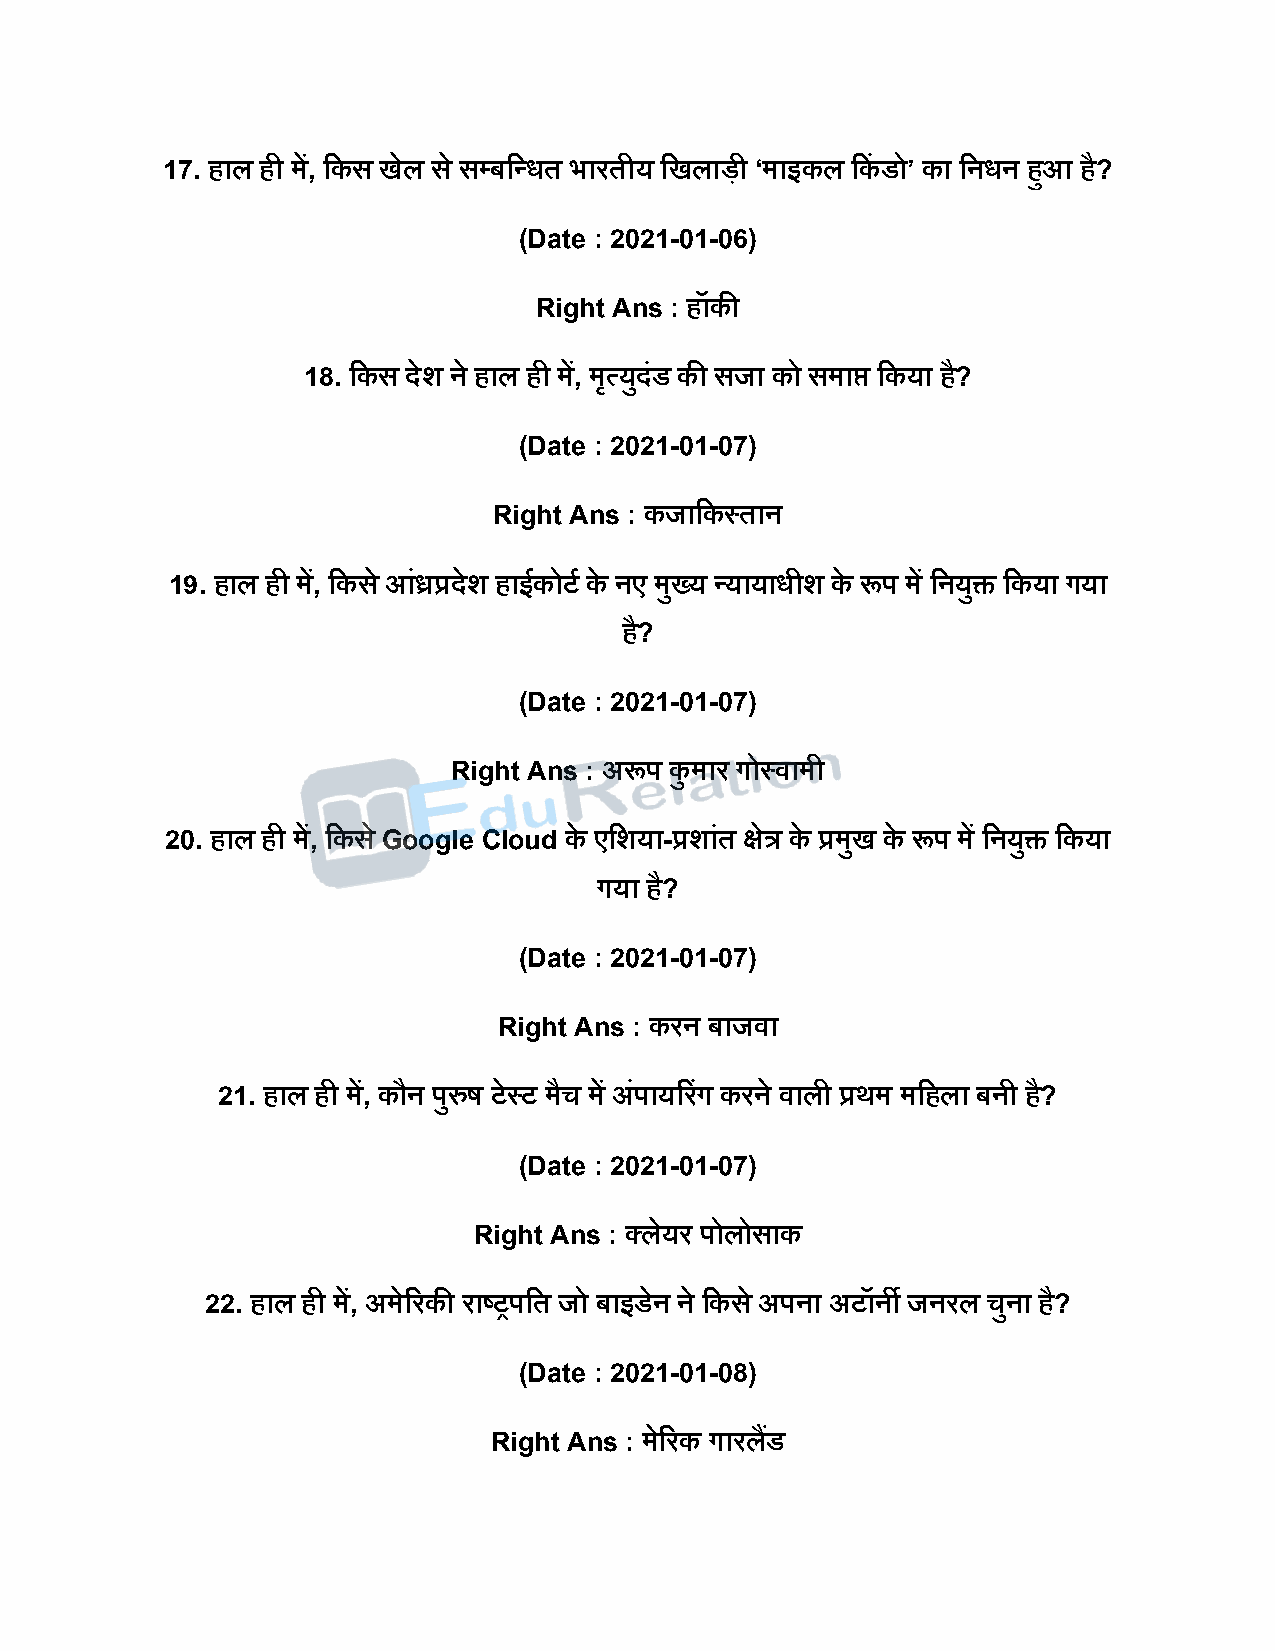
17. हाल ही में, दकस खेल स े सपबदन्धत भारतीय दखलािी ‘माइकल दकं डो’ का दनधन हुआ है?
 (Date : 2021-01-06)
 Right Ans : हॉकी
 18. दकस िेश ने हाल ही में, मृत्युिंड की सजा को समाप्त दकया है?
 (Date : 2021-01-07)
 Right Ans : कजादकस्तान
 19. हाल ही में, दकस े आंध्रप्रिेश हाईकोटष के नए मुख्य न्यायाधीश के रूि में दनयुि दकया गया
 है?
 (Date : 2021-01-07)
 Right Ans : अरूि कु मार गोस्वामी
 20. हाल ही में, दकस े Google Cloud के एदशया-प्रशांत क्षेत्र के प्रमुख के रूि में दनयुि दकया
 गया है?
 (Date : 2021-01-07)
 Right Ans : करन बाजवा
 21. हाल ही में, कौन िुरुर् टेस्ट मैच में अंिायररगं करने वाली प्रथम मदहला बनी है?
 (Date : 2021-01-07)
 Right Ans : क्लेयर िोलोसाक
 22. हाल ही में, अमेररकी राष्ट्रिदत जो बाइडेन ने दकस े अिना अटॉनी जनरल चुना है?
 (Date : 2021-01-08)
 Right Ans : मेररक गारलडैं